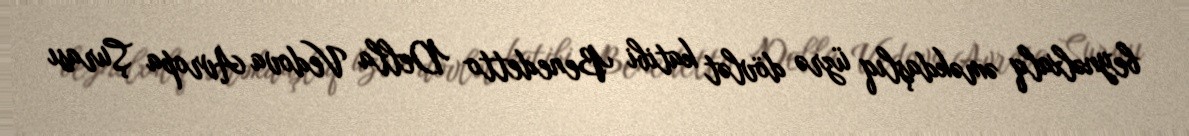
beynəlxalq əməkdaşlıq üzrə dövlət katibi Benedetto Della Vedova Avropa Şurası